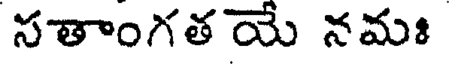
సతాంగత యే నమః